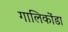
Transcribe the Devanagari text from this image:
गालिकोंडा